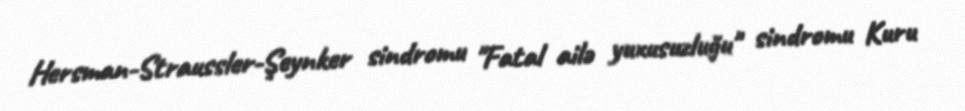
Hersman-Straussler-Şeynker sindromu "Fatal ailə yuxusuzluğu" sindromu Kuru